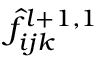
\hat { f } _ { i j k } ^ { l + 1 , 1 }